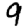
Digit: 9